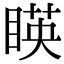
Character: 䁐